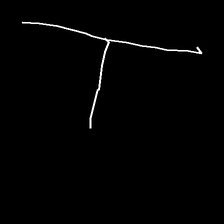
Glyph: column